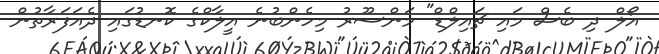
އޯލް ދި ބެސް މައި ޗައިލްޑް" މަންސޫރު މިހެންބުނެ އީލާކްގެ ކޮނޑުގައި ދެއަފަރާތުން